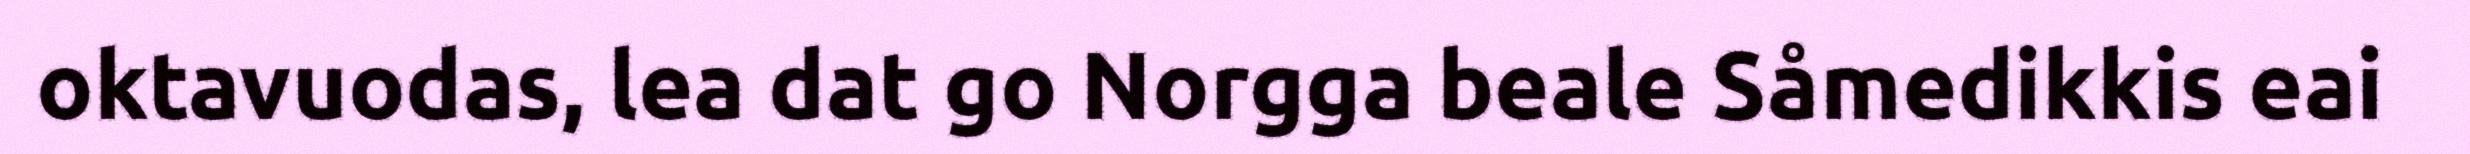
oktavuodas, lea dat go Norgga beale Såmedikkis eai